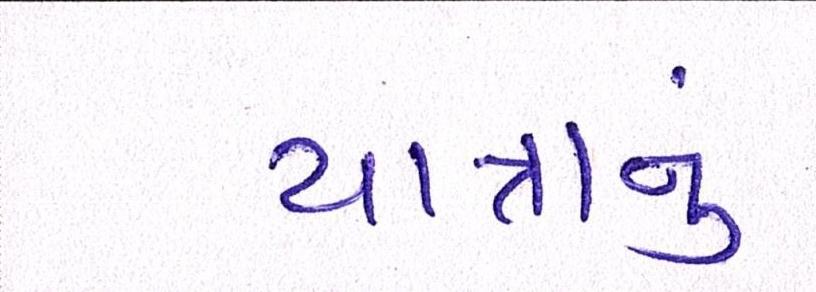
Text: યાત્રાનું